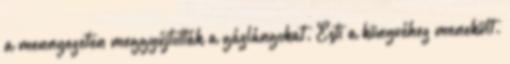
a mennyezeten meggyújtották a gázlángokat. Esti a könyvéhez menekült.